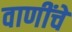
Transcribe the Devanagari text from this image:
वाणींचे